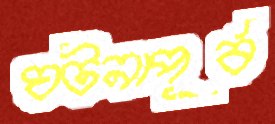
ঘটনাপূর্ব